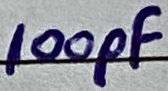
Text: 100pF